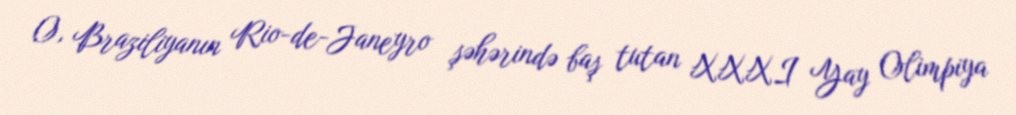
O, Braziliyanın Rio-de-Janeyro şəhərində baş tutan XXXI Yay Olimpiya